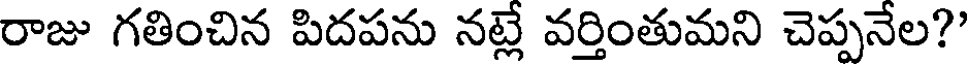
రాజు గతించిన పిదపను నట్లే వర్తింతుమని చెప్పనేల?'